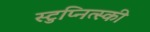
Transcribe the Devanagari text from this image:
स्टुप्नित्स्की